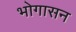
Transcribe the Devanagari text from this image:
भोगासन